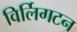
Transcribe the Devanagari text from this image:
विर्लिगटन